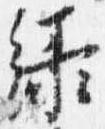
緑